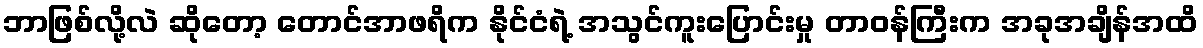
ဘာဖြစ်လို့လဲ ဆိုတော့ တောင်အာဖရိက နိုင်ငံရဲ့ အသွင်ကူးပြောင်းမှု တာဝန်ကြီးက အခုအချိန်အထိ